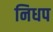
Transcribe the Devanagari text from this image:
निधप